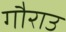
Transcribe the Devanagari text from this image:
गौराउ